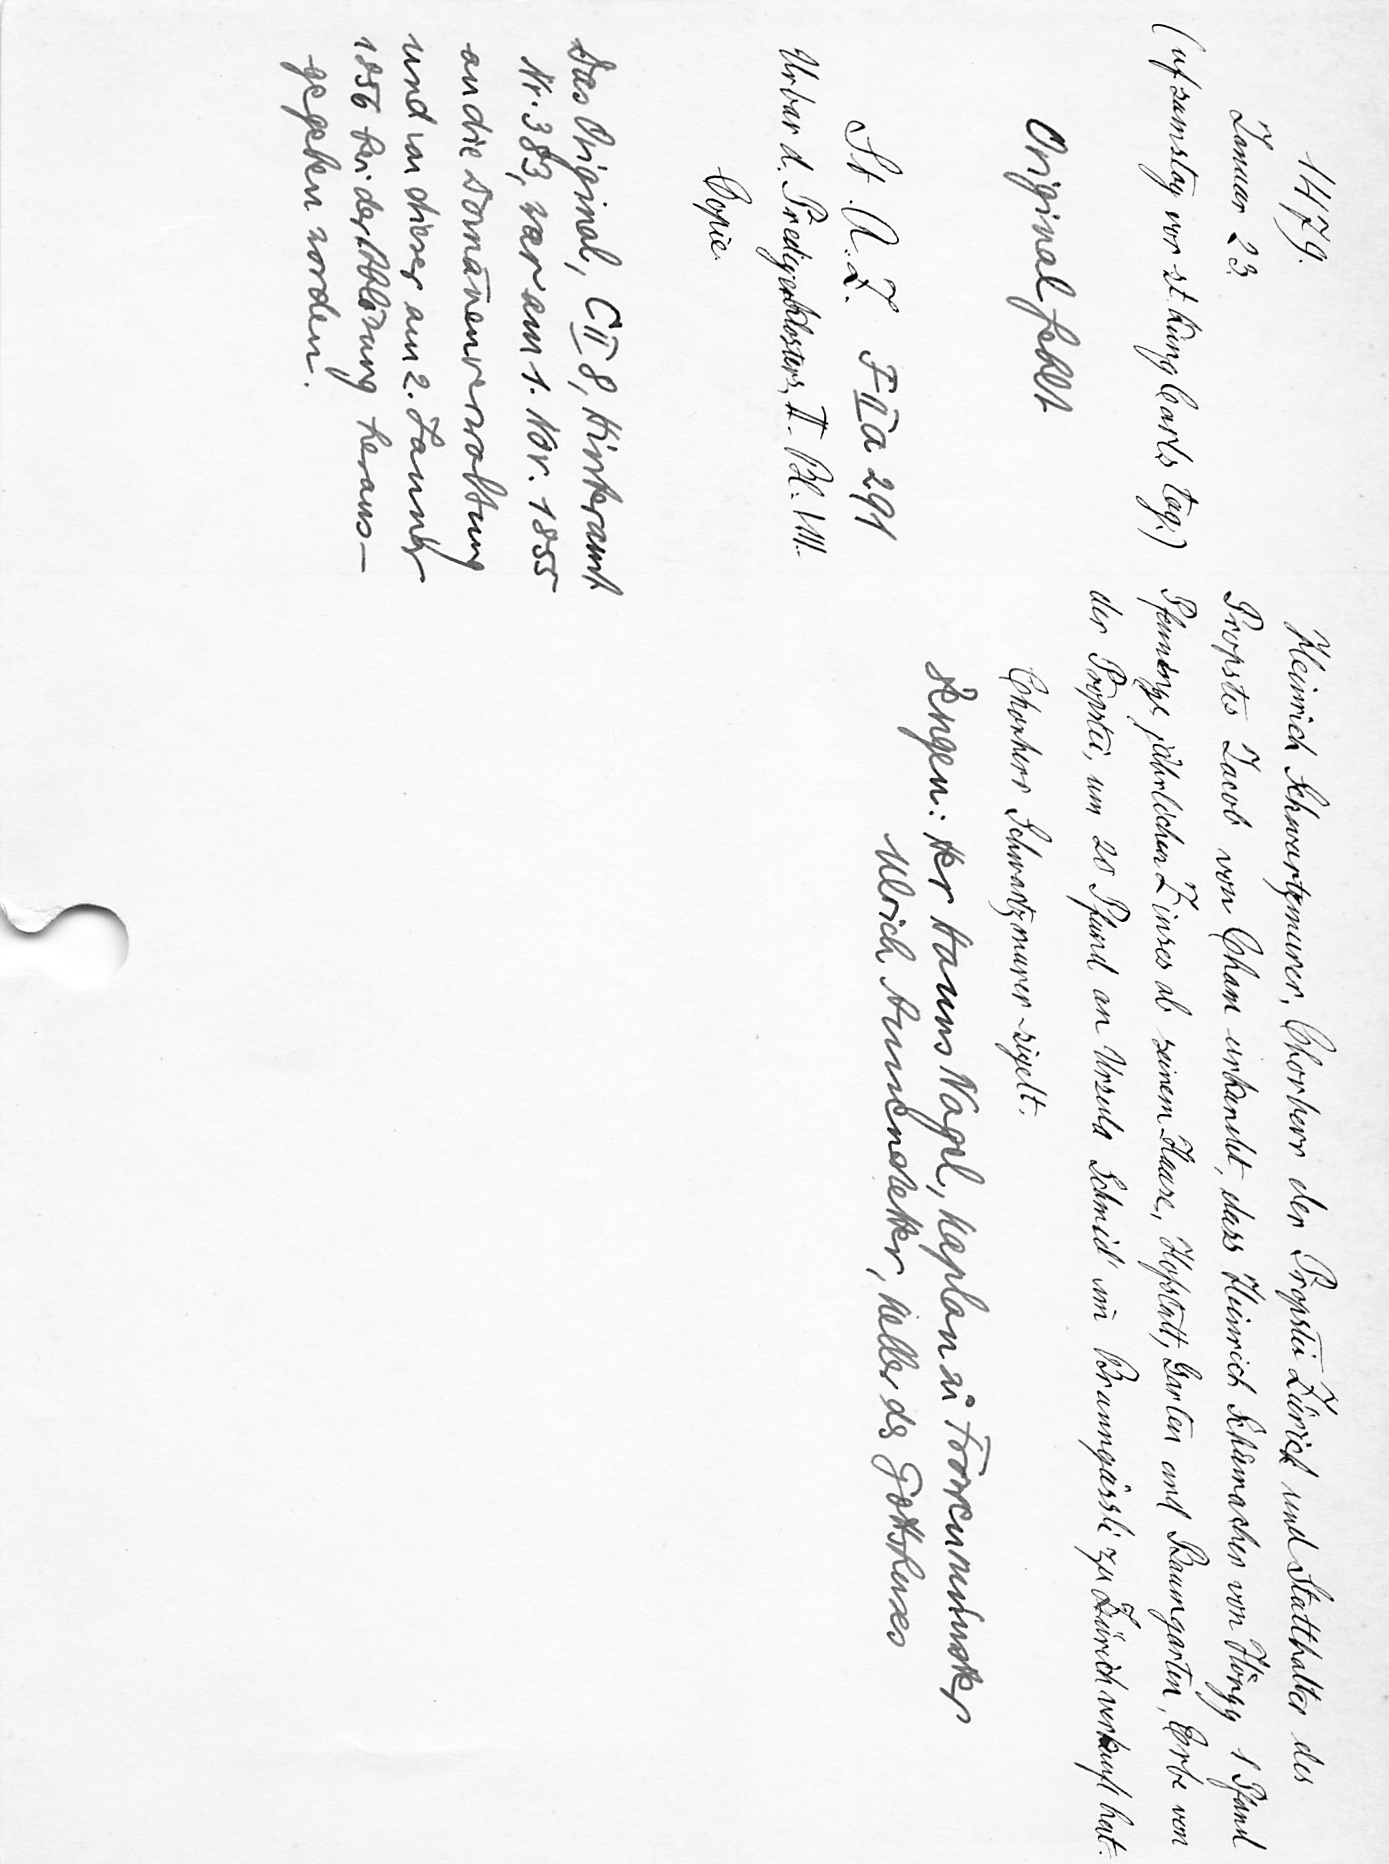
Heinrich Schwartzmurer, Chorherr der Propstei Zürich und Statthalter des
Propstes Jacob von Cham urkundet, dass Heinrich Schuͤmacher von Hoͤngg 1 Pfund
Pfenninge jährlichen Zinses ab seinem Hause, Hofstatt, Garten und Baumgarten, Erbe von
der Propstei, um 20 Pfund an Ursula Schmid' im Brunngässli zu Zürich verkauft hat.
Chorherr Schwartzmurer sigelt.
Zeugen: Her Hanns Nagel, Kaplan zuͦ Frowenmünster.
Ulrich Annenstetter, Keller des Gottshuses

1479
Januar 23.
(uf samstag vor st. Küng Carls tag.)
Original fehlt
St. A. Z. F II a 291
Urbar d. Predigerklosters II. Bl. VIII.
Copie.
Das Original, C II 8, Hinteramt
Nr. 383, war am 1. Nov. 1855
an die Domänenverwaltung
und von dieser am 2. Januar
1856 bei der Ablösung heraus¬
gegeben worden.